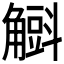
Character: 𧤰